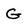
Character: G